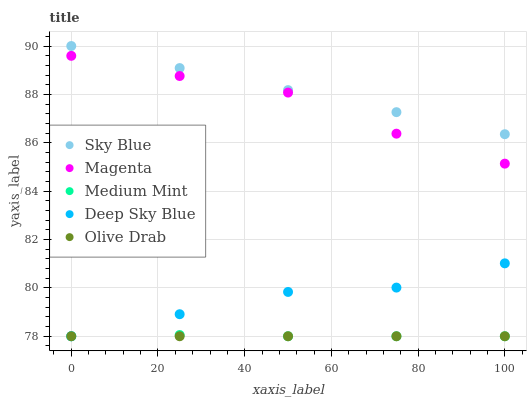
| xaxis_label | Sky Blue | Magenta | Medium Mint | Deep Sky Blue | Olive Drab |
 | --- | --- | --- | --- | --- | --- |
 | 0 | 90 | 89.6 | 78 | 78 | 78 |
 | 25 | 89.1 | 88.8 | 78.1 | 78.9 | 78 |
 | 50 | 88.2 | 88.1 | 78 | 79.8 | 78 |
 | 75 | 87.3 | 86.4 | 78 | 80 | 78 |
 | 100 | 86.4 | 85.1 | 78 | 81 | 78 |